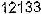
12133